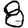
Digit: 8